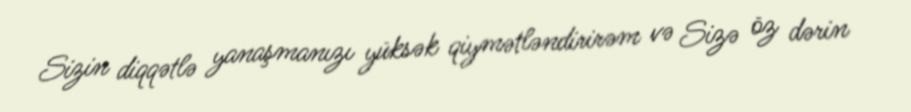
Sizin diqqətlə yanaşmanızı yüksək qiymətləndirirəm və Sizə öz dərin